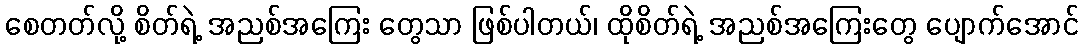
စေတတ်လို့ စိတ်ရဲ့ အညစ်အကြေး တွေသာ ဖြစ်ပါတယ်၊ ထိုစိတ်ရဲ့ အညစ်အကြေးတွေ ပျောက်အောင်